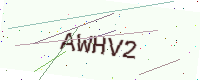
Text: AWHV2